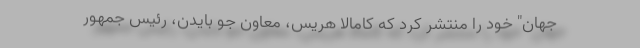
جهان" خود را منتشر کرد که کامالا هریس، معاون جو بایدن، رئیس جمهور